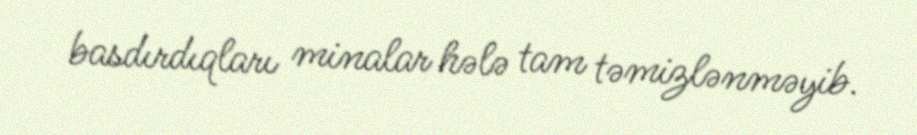
basdırdıqları minalar hələ tam təmizlənməyib.